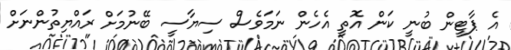
އެ ޕާޓީން ބުނީ ކަން އޮތީ އެހެން ނަމަވެސް ސިޔާސީ ބޭނުމަށް ރައްޔިތުންނަށް